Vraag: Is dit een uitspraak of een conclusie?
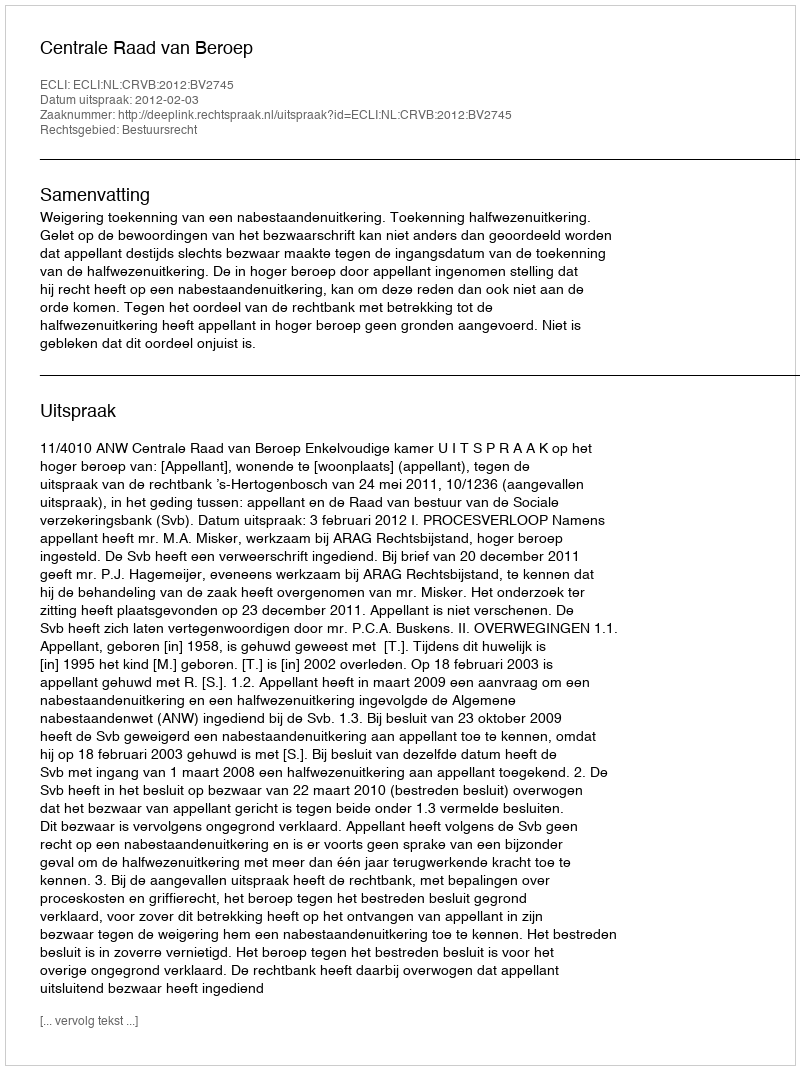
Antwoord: Uitspraak